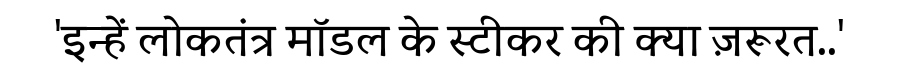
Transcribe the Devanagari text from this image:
'इन्हें लोकतंत्र मॉडल के स्टीकर की क्या ज़रूरत..'